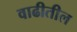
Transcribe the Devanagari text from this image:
वाढीतील